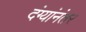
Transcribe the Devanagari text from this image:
दंग्यांनंतर